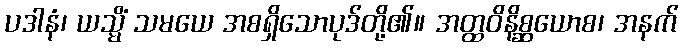
ပဒါနံ၊ ယသ္မိံ သမယေ အစရှိသောပုဒ်တို့၏။ အတ္ထဝိနိစ္ဆယောစ၊ အနက်